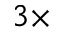
3 \times